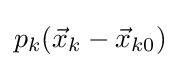
p_{k}({\vec {x}}_{k}-{\vec {x}}_{k0})